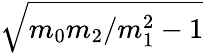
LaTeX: \sqrt{m_{0}m_{2}/m_{1}^{2}-1}